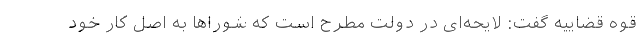
قوه قضاییه گفت: لایحه‌ای در دولت مطرح است که شوراها به اصل کار خود